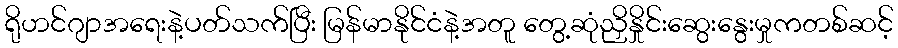
ရိုဟင်ဂျာအရေးနဲ့ပတ်သက်ပြီး မြန်မာနိုင်ငံနဲ့အတူ တွေ့ဆုံညှိနှိုင်းဆွေးနွေးမှုကတစ်ဆင့်